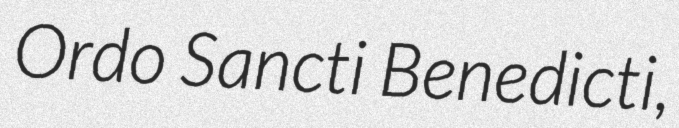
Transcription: Ordo Sancti Benedicti,